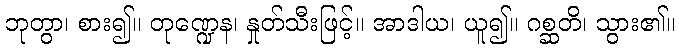
ဘုတွာ၊ စား၍။ တုဏ္ဍေန၊ နှုတ်သီးဖြင့်။ အာဒါယ၊ ယူ၍။ ဂစ္ဆတိ၊ သွား၏။